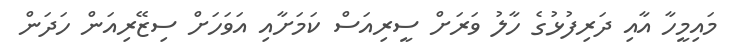
މައިމީހާ އާއި ދަރިފުޅުގެ ހާލު ވަރަށް ސީރިއަސް ކަމަށާއި އަވަހަށް ސިޒޭރިއަން ހަދަން